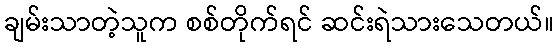
ချမ်းသာတဲ့သူက စစ်တိုက်ရင် ဆင်းရဲသားသေတယ်။